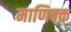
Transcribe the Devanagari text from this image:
माणिक्क